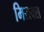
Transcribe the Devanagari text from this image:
मिराक्स